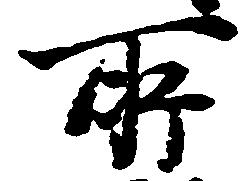
所